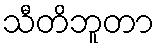
သီတိဘူတာ